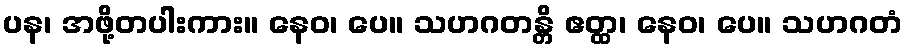
ပန၊ အဖို့တပါးကား။ နေဝ၊ ပေ။ သဟဂတန္တိ ဧတ္ထ၊ နေဝ၊ ပေ။ သဟဂတံ